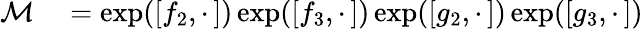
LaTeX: \begin{array}{rl}{\mathcal{M}}&{{}=\exp([f_{2},\cdot\, ])\exp([f_{3},\cdot\, ])\exp([g_{2},\cdot\, ])\exp([g_{3},\cdot\, ])}\end{array}